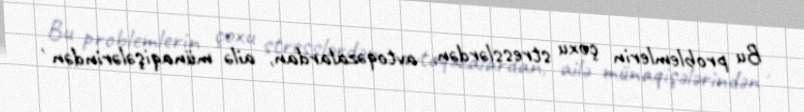
Bu problemlerin çoxu stresslərdən, avtoqəzalardan, ailə münaqişələrindən ,